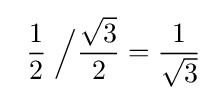
\;\,{\frac {1}{2}}\;{\Big /}{\frac {\sqrt {3}}{2}}={\frac {1}{\sqrt {3}}}